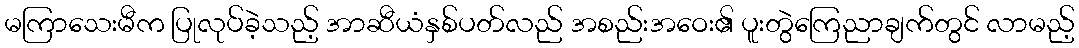
မကြာသေးမီက ပြုလုပ်ခဲ့သည့် အာဆီယံနှစ်ပတ်လည် အစည်းအဝေး၏ ပူးတွဲကြေညာချက်တွင် လာမည့်